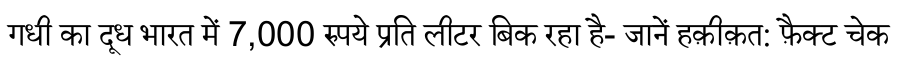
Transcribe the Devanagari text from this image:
गधी का दूध भारत में 7,000 रुपये प्रति लीटर बिक रहा है- जानें हक़ीक़त: फ़ैक्ट चेक